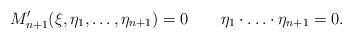
LaTeX: \begin{align*}M'_{n+1}(\xi,\eta_1,\ldots,\eta_{n+1})=0\qquad\eta_1\cdot\ldots\cdot\eta_{n+1}=0.\end{align*}